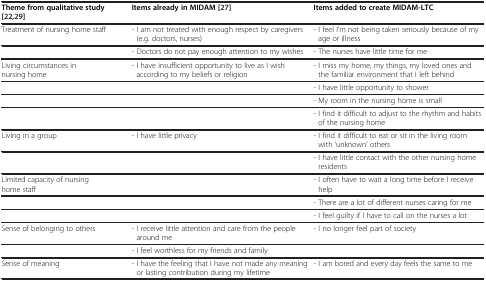
| Theme from qualitative study[[22],[29]] | Items already in MIDAM[[27]] | Items added to create MIDAM-LTC |
 | --- | --- | --- |
 | Treatment of nursing home staff | - I am not treated with enough respect by caregivers (e.g. doctors, nurses) | - I feel I’m not being taken seriously because of my age or illness |
 |  | - Doctors do not pay enough attention to my wishes | - The nurses have little time for me |
 | Living circumstances in nursing home | - I have insufficient opportunity to live as I wish according to my beliefs or religion | - I miss my home, my things, my loved ones and the familiar environment that I left behind |
 |  |  | - I have little opportunity to shower |
 |  |  | - My room in the nursing home is small |
 |  |  | - I find it difficult to adjust to the rhythm and habits of the nursing home |
 | Living in a group | - I have little privacy | - I find it difficult to eat or sit in the living room with 'unknown’ others |
 |  |  | - I have little contact with the other nursing home residents |
 | Limited capacity of nursing home staff |  | - I often have to wait a long time before I receive help |
 |  |  | - There are a lot of different nurses caring for me |
 |  |  | - I feel guilty if I have to call on the nurses a lot |
 | Sense of belonging to others | - I receive little attention and care from the people around me | - I no longer feel part of society |
 |  | - I feel worthless for my friends and family |  |
 | Sense of meaning | - I have the feeling that I have not made any meaning or lasting contribution during my lifetime | - I am bored and every day feels the same to me |